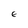
Character: E